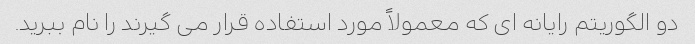
دو الگوریتم رایانه ای که معمولاً مورد استفاده قرار می گیرند را نام ببرید.